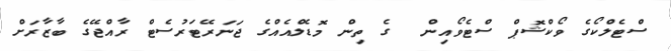
ސްޓެލްކޯގެ ވޯކްޝޮޕް ސްޓެވޯއިން  ގެ ތިން މޮޑެލްއެއްގެ ޖަނަރޭޓަރުސެޓް ރާއްޖޭގެ ބާޒާރަށް